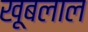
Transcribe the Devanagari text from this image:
खूबलाल